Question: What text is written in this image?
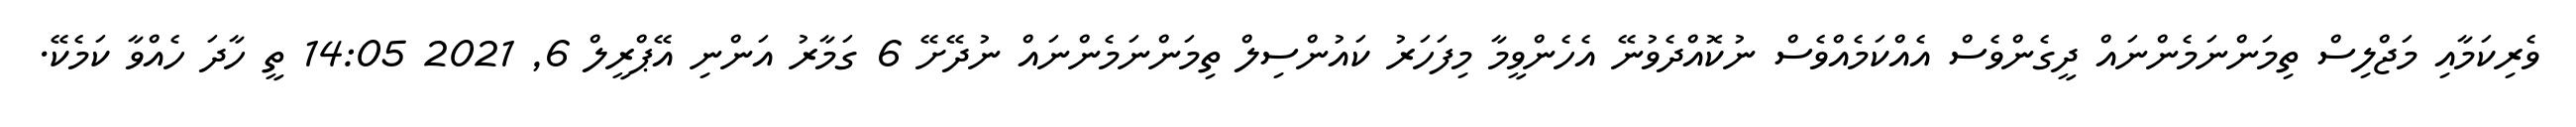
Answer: ވެރިކަމާއި މަޖްލިސް ތިމަންނަމެންނައް ދީގެންވެސް އެއްކަމެއްވެސް ނުކޮއްދެވުނޭ އެހެންވީމާ މިފަހަރު ކައުންސިލް ތިމަންނަމެންނައް ނުދޭށޭ 6 ގަމާރު އަންނި އޭޕްރީލް 6, 2021 14:05 ތީ ހާދަ ހެއްވާ ކަމެކޭ.